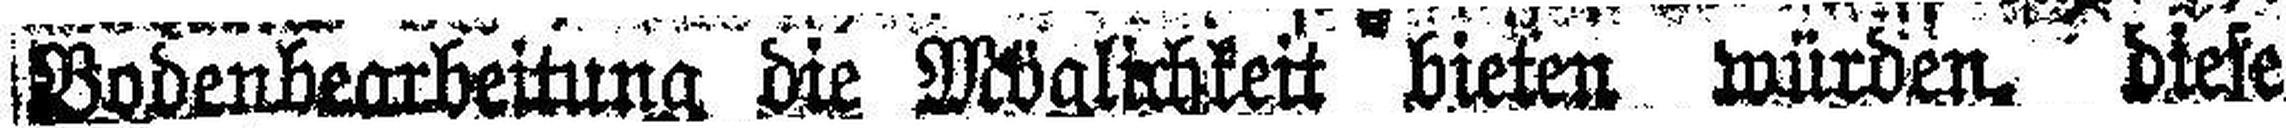
Bodenbearbeitung die Möglichkeit beiten würden diese